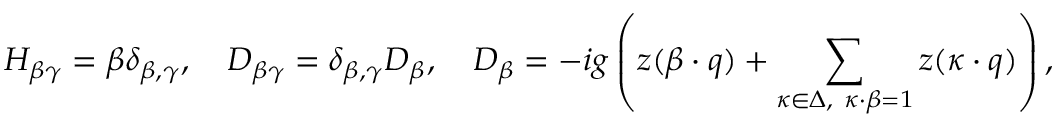
H _ { \beta \gamma } = \beta \delta _ { \beta , \gamma } , \quad D _ { \beta \gamma } = \delta _ { \beta , \gamma } D _ { \beta } , \quad D _ { \beta } = - i g \left( z ( \beta \cdot q ) + \sum _ { \kappa \in \Delta , \ \kappa \cdot \beta = 1 } z ( \kappa \cdot q ) \right) ,